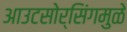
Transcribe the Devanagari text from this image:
आउटसोर्सिंगमुळे